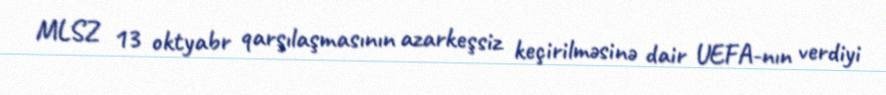
MLSZ 13 oktyabr qarşılaşmasının azarkeşsiz keçirilməsinə dair UEFA-nın verdiyi